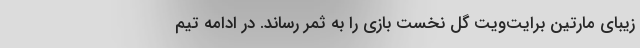
زیبای مارتین برایت‌ویت گل نخست بازی را به ثمر رساند. در ادامه تیم